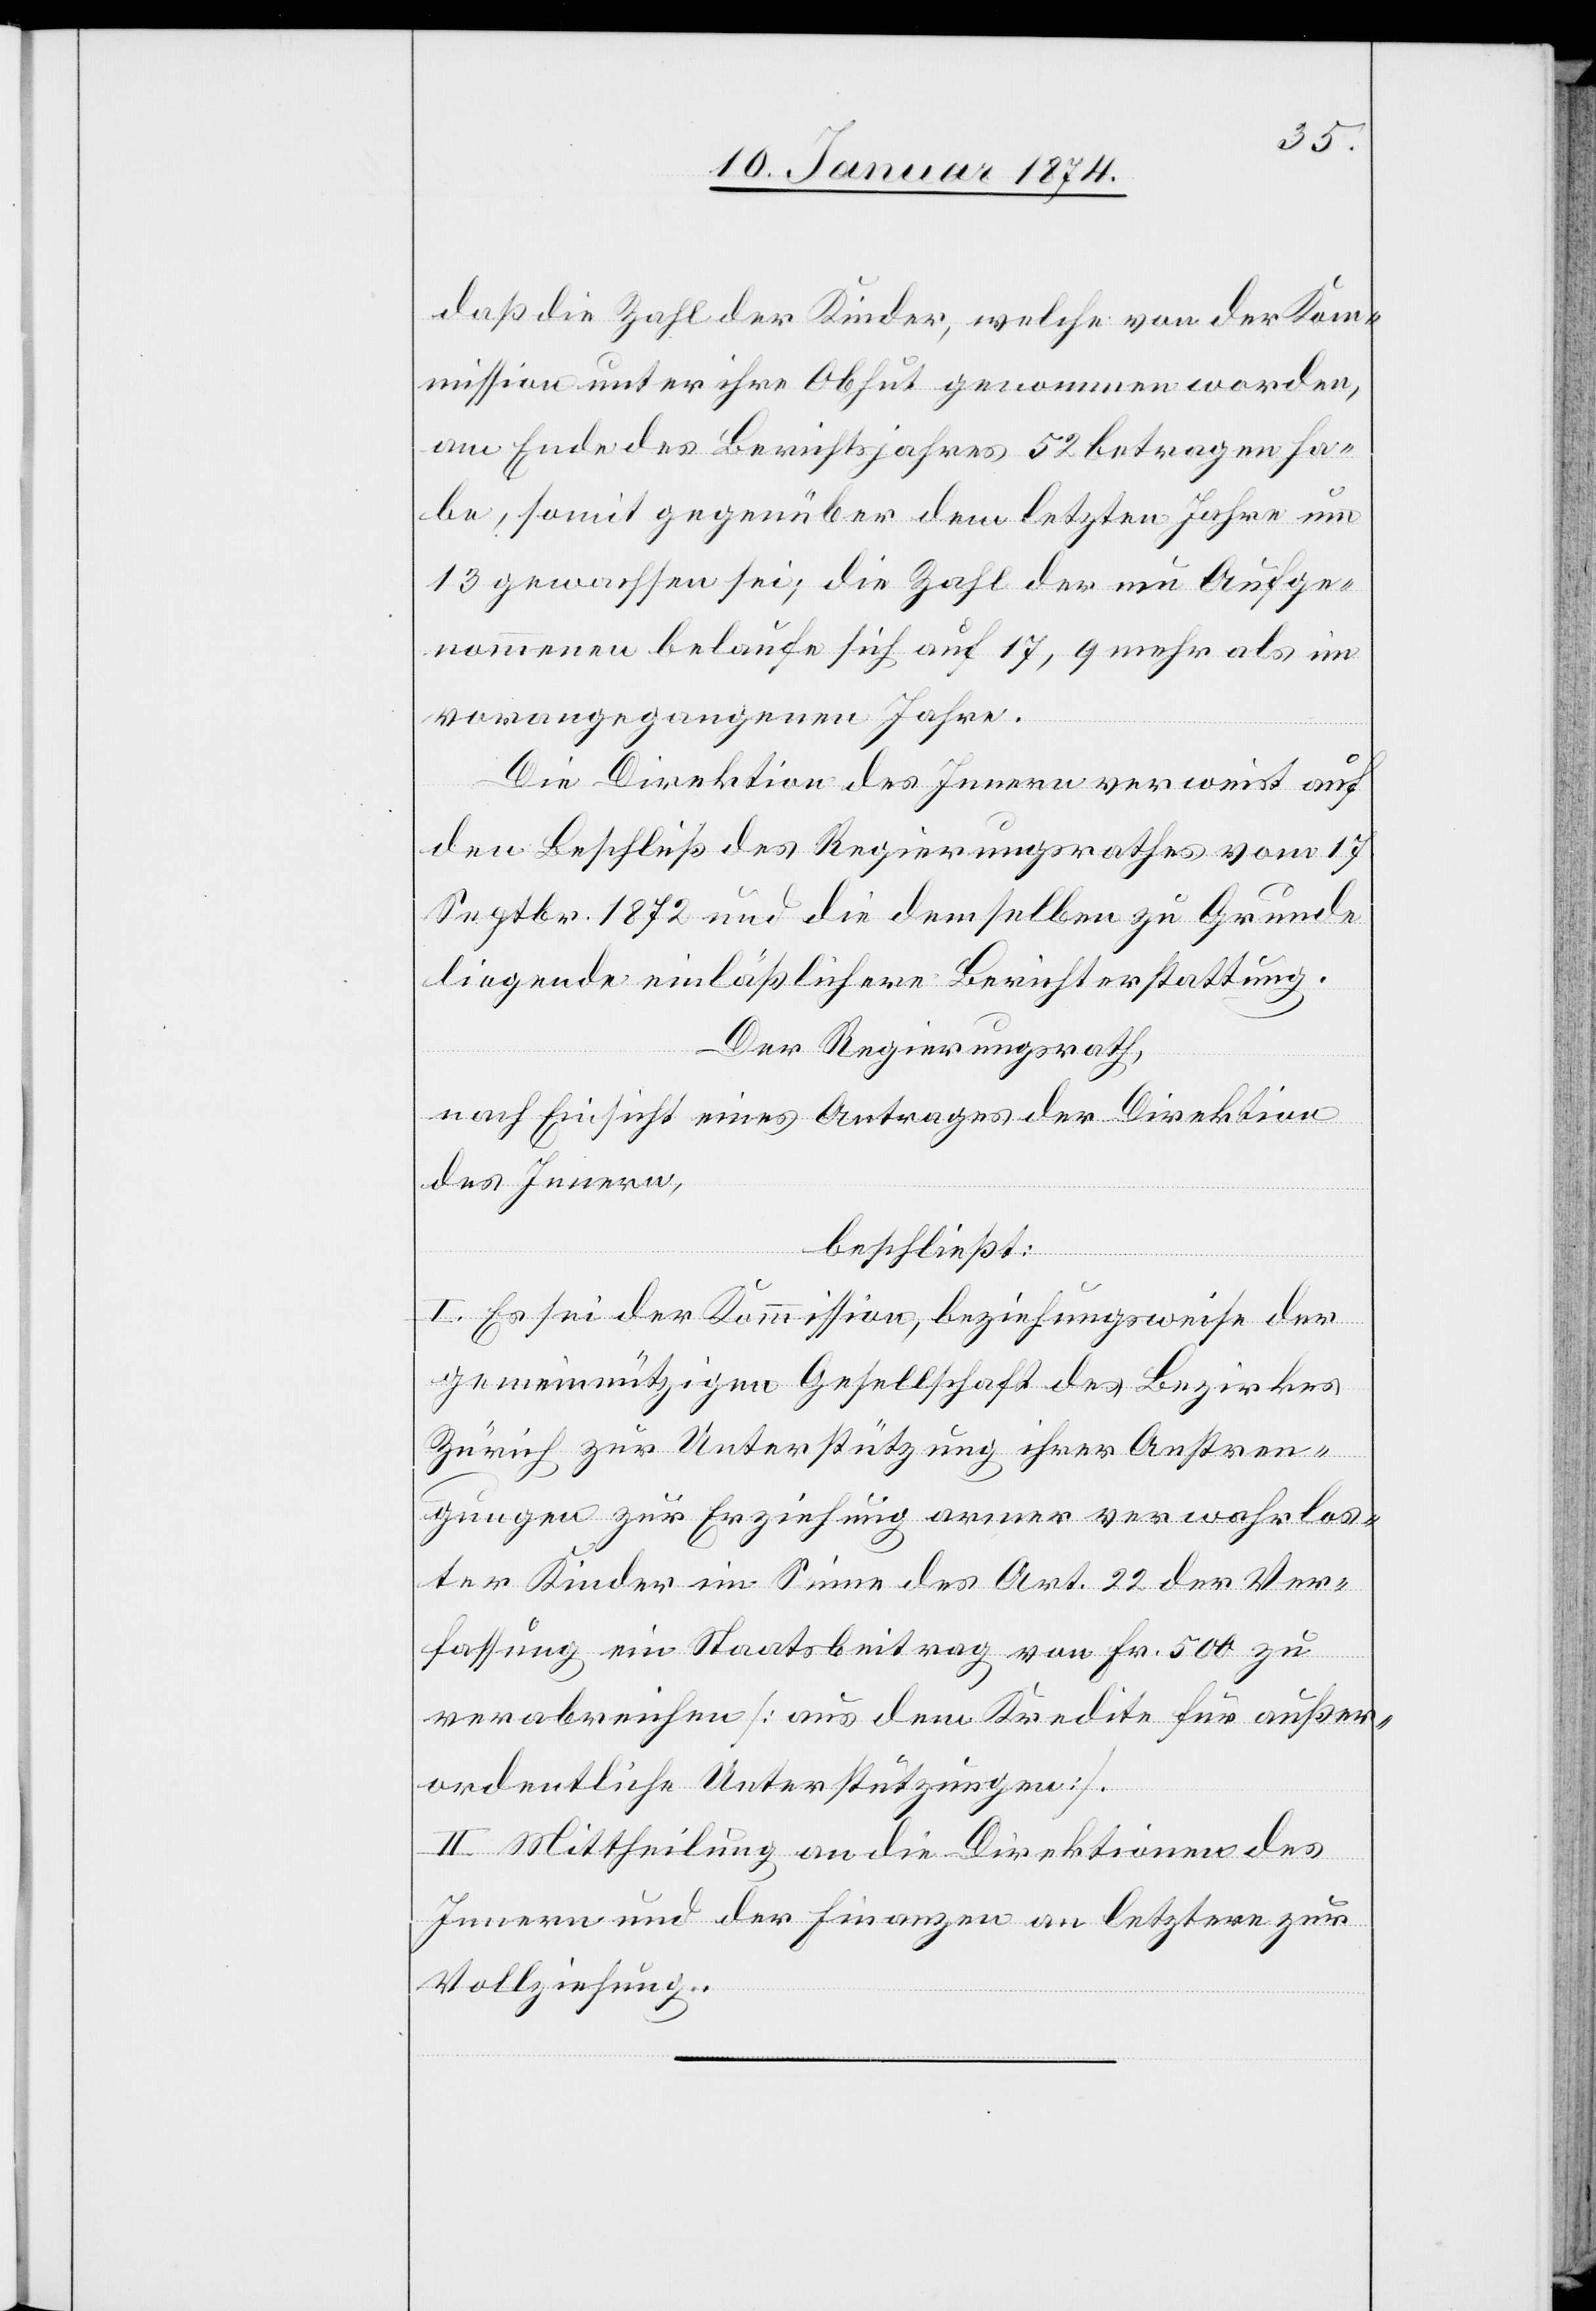
daß die Zahl der Kinder, welche von der Kom¬
mission unter ihre Obhut genommen worden,
am Ende des Berichtjahres 52 betragen ha¬
be, somit gegenüber dem letzten Jahre um
13 gewachsen sei; die Zahl der neu Aufge¬
nommenen belaufe sich auf 17, 9 mehr als im
vorangegangenen Jahre.
Die Direktion des Innern verweist auf
den Beschluß des Regierungsrathes vom 17.
Septbr. 1872 und die demselben zu Grunde
liegende einläßlichen [sic!] Berichterstattung.
Der Regierungsrath,
nach Einsicht eines Antrages der Direktion
des Innern,
beschließt:
I. Es sei der Kommission, beziehungsweise der
gemeinnützigen Gesellschaft des Bezirkes
Zürich zur Unterstützung ihrer Anstren¬
gungen zur Erziehung armer verwahrlos¬
ter Kinder im Sinne des Art. 22 der Ver¬
fassung ein Staatsbeitrag von Fr. 500 zu
verabreichen [aus dem Kredite für außer¬
ordentliche Unterstützungen].
II. Mittheilung an die Direktionen des
Innern und der Finanzen an letztere zur
Vollziehung.